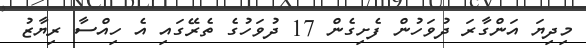
މިދިޔަ އަންގާރަ ދުވަހުން ފެށިގެން 17 ދުވަހުގެ ތެރޭގައި އެ ހިއްސާ ރިޔާޒު